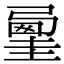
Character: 𡐲